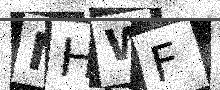
Text: NHWF